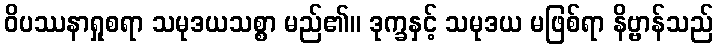
ဝိပဿနာရှုစရာ သမုဒယသစ္စာ မည်၏။ ဒုက္ခနှင့် သမုဒယ မဖြစ်ရာ နိဗ္ဗာန်သည်